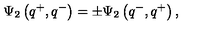
\Psi _ { 2 } \left( q ^ { + } , q ^ { - } \right) = \pm \Psi _ { 2 } \left( q ^ { - } , q ^ { + } \right) ,